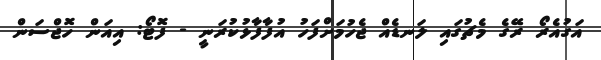
އަގުއެރޯ ރޭގެ މެޗުގައި ލަނޑެއް ޖެހުމަށްފަހު އުފާފާޅުކުރަނީ - ފޮޓޯ: އިއަން ހޮޖްސަން